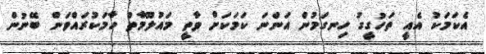
އެކަމަކު އެއީ ތަހުގީގު ހިނގަމުން އަންނަ ކަމަކަށް ވާތީ މައުލޫމާތު ހާމަކުރައްވަން ބޭނުން